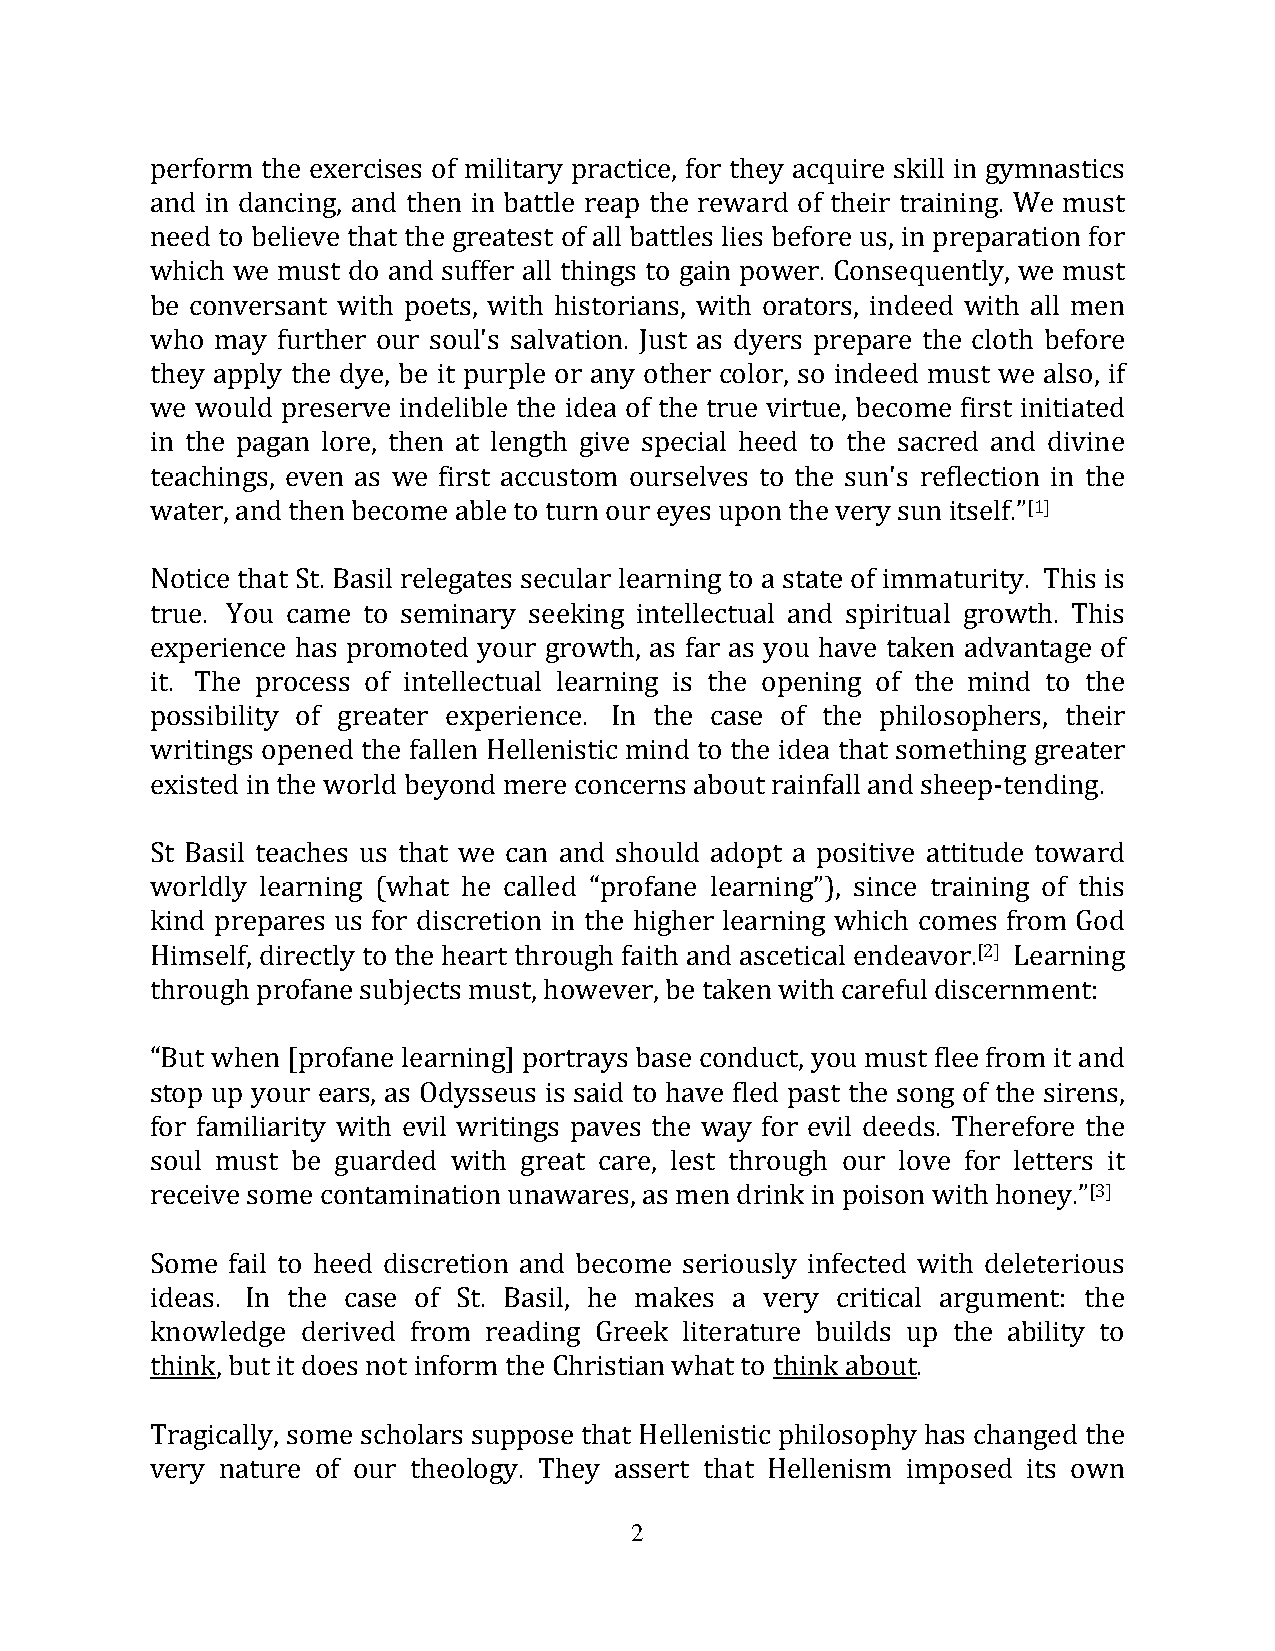
perform the exercises of military practice, for they acquire skill in gymnastics
 and in dancing, and then in battle reap the reward of their training. We must
 need to believe that the greatest of all battles lies before us, in preparation for
 which we must do and suffer all things to gain power. Consequently, we must
 be conversant with poets, with historians, with orators, indeed with all men
 who may further our soul's salvation. Just as dyers prepare the cloth before
 they apply the dye, be it purple or any other color, so indeed must we also, if
 we would preserve indelible the idea of the true virtue, become first initiated
 in the pagan lore, then at length give special heed to the sacred and divine
 teachings, even as we first accustom ourselves to the sun's reflection in the
 water, and then become able to turn our eyes upon the very sun itself.”[1]
 Notice that St. Basil relegates secular learning to a state of immaturity. This is
 true. You came to seminary seeking intellectual and spiritual growth. This
 experience has promoted your growth, as far as you have taken advantage of
 it. The process of intellectual learning is the opening of the mind to the
 possibility of greater experience. In the case of the philosophers, their
 writings opened the fallen Hellenistic mind to the idea that something greater
 existed in the world beyond mere concerns about rainfall and sheep‐tending.
 St Basil teaches us that we can and should adopt a positive attitude toward
 worldly learning (what he called “profane learning”), since training of this
 kind prepares us for discretion in the higher learning which comes from God
 Himself, directly to the heart through faith and ascetical endeavor.[2] Learning
 through profane subjects must, however, be taken with careful discernment:
 “But when [profane learning] portrays base conduct, you must flee from it and
 stop up your ears, as Odysseus is said to have fled past the song of the sirens,
 for familiarity with evil writings paves the way for evil deeds. Therefore the
 soul must be guarded with great care, lest through our love for letters it
 receive some contamination unawares, as men drink in poison with honey.”[3]
 Some fail to heed discretion and become seriously infected with deleterious
 ideas. In the case of St. Basil, he makes a very critical argument: the
 knowledge derived from reading Greek literature builds up the ability to
 think, but it does not inform the Christian what to think about.
 Tragically, some scholars suppose that Hellenistic philosophy has changed the
 very nature of our theology. They assert that Hellenism imposed its own
 2